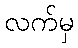
လက်မှ